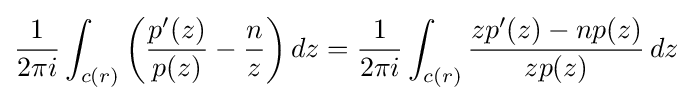
{\frac {1}{2\pi i}}\int _{c(r)}\left({\frac {p'(z)}{p(z)}}-{\frac {n}{z}}\right)dz={\frac {1}{2\pi i}}\int _{c(r)}{\frac {zp'(z)-np(z)}{zp(z)}}\,dz